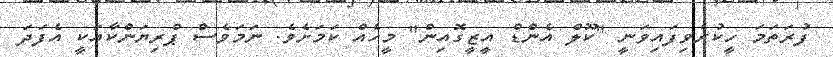
ފުރަތަމަ ހީކުރެވިފައިވަނީ "ކޫލް އެންޑް އީޒީގޮއިން" މީހެއް ކަމަށެވެ. ނަމަވެސް ޕްރިޔަންކާއަކީ އެފަދަ